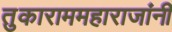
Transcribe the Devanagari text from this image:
तुकाराममहाराजांनीं